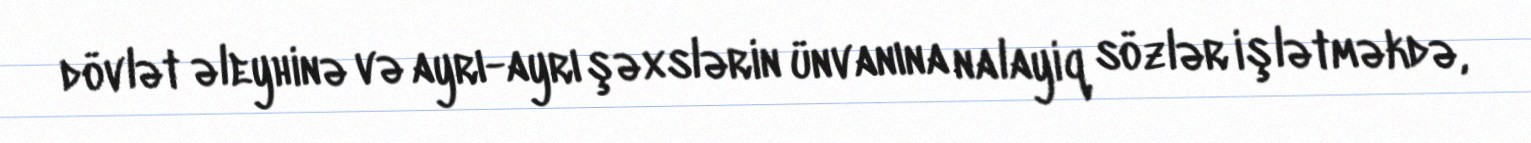
dövlət əleyhinə və ayrı-ayrı şəxslərin ünvanına nalayiq sözlər işlətməkdə,